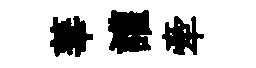
華讙牽